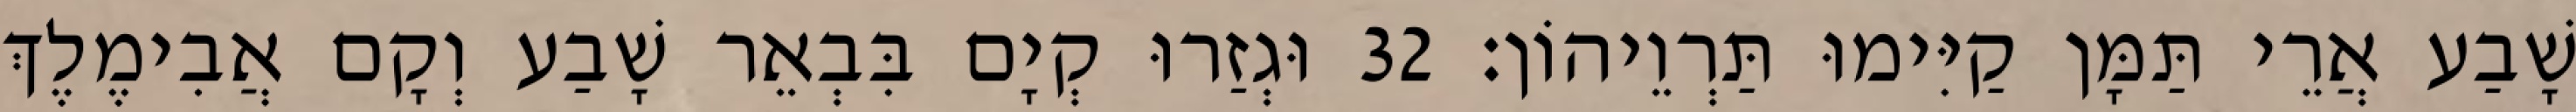
שָׁבַע אֲרֵי תַּמָּן קַיִּימוּ תַּרְוֵיהוֹן׃ 32 וּגְזַרוּ קְיָם בִּבְאֵר שָׁבַע וְקָם אֲבִימֶלֶךְ